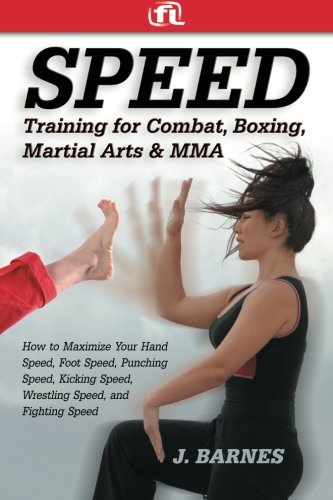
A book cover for Speed Training for Combat, Boxing, Martial Arts, and MMA: How to Maximize Your Hand Speed, Foot Speed, Punching Speed, Kicking Speed, Wrestling Speed, and Fighting Speed; J. Barnes; Sports & Outdoors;